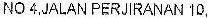
NO 4,JALAN PERJIRANAN 10,